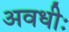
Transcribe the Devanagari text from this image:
अवधीः